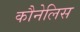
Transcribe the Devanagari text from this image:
कौनेलिस